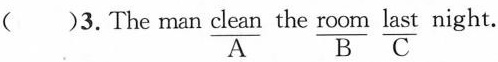
()3. The man \underset{A}{\underline{clean}} the \underset{B}{\underline{room}} \underset{C}{\underline{last}} night.